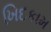
ખિદકામ